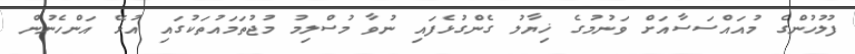
ފުލުހުންގެ މުއައްސަސާއަށް ވަނުމުގެ ޚިޔާލު ގެންގުޅެފައި ނުވާ މުސްލިމު މުޖުތަމައުތަކުގައި އުޅޭ އަންހެނުން